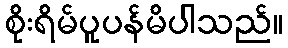
စိုးရိမ်ပူပန်မိပါသည်။